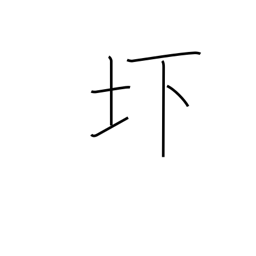
Meaning: low-lying land